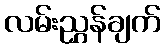
လမ်းညွှန်ချက်